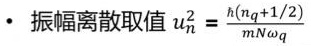
$\cdot$ 振幅离散取值 $u_{n}^{2}=\frac{\hbar(n_{q}+1 / 2)}{m N \omega_{q}}$